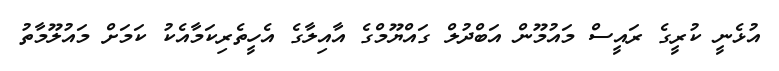
އުޅެނީ ކުރީގެ ރައީސް މައުމޫން އަބްދުލް ގައްޔޫމްގެ އާއިލާގެ އެހީތެރިކަމާއެކު ކަމަށް މައުލޫމާތު